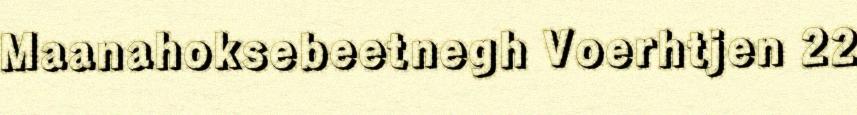
Maanahoksebeetnegh Voerhtjen 22